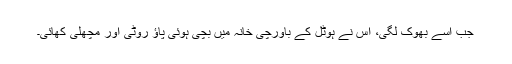
جب اسے بھوک لگی، اس نے ہوٹل کے باورچی خانہ میں بچی ہوئی پاؤ روٹی اور مچھلی کھائی۔